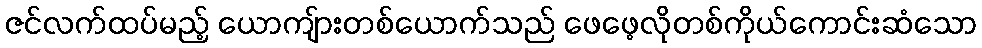
ဇင်လက်ထပ်မည့် ယောကျ်ားတစ်ယောက်သည် ဖေဖေ့လိုတစ်ကိုယ်ကောင်းဆံသော